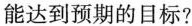
能达到预期的目标?